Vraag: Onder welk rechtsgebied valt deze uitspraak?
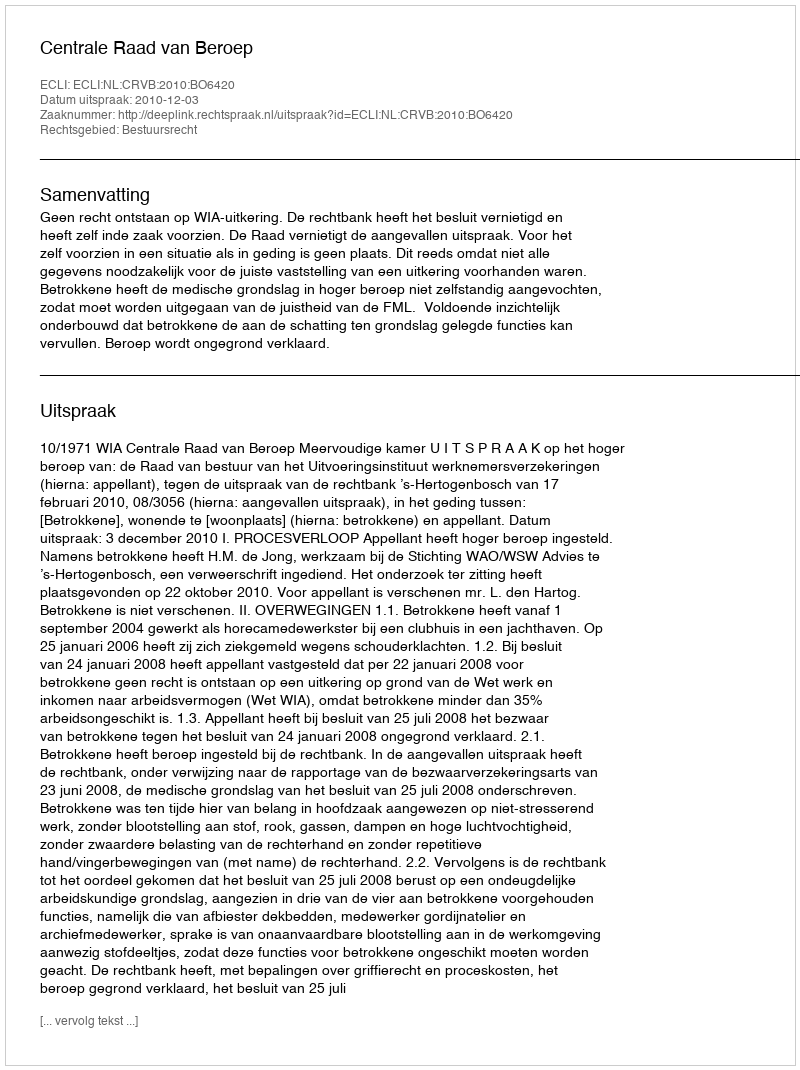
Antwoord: Bestuursrecht